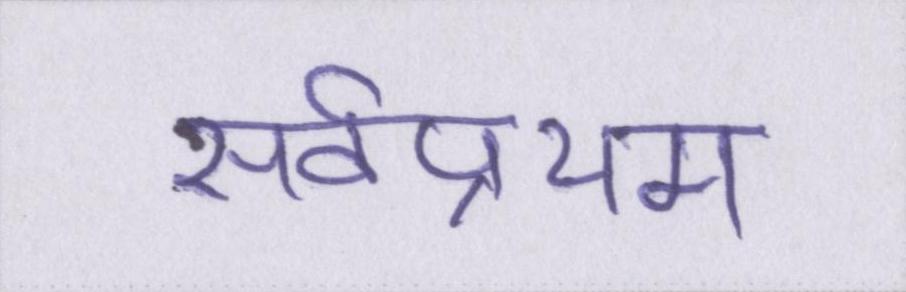
सर्वप्रथम